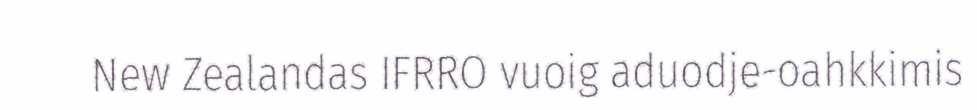
New Zealandas IFRRO vuoig aduodje-oahkkimis